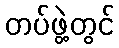
တပ်ဖွဲ့တွင်